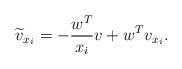
LaTeX: \begin{align*}\widetilde v_{x_i} = -\frac{w^T}{x_i} v+w^T v_{x_i}.\end{align*}